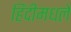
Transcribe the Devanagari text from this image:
हिंदीमधले